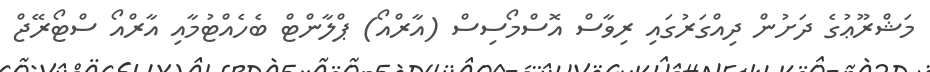
މަޝްރޫޢުގެ ދަށުން ދިއްގަރުގައި ރިވާސް އޮސްމޯސިސް (އާރްއޯ) ޕްލާންޓް ބެހެއްޓުމާއި އާރްއޯ ސްޓޯރޭޖް